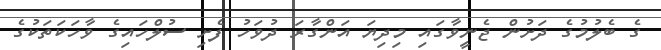
ގެ ބެލުމުގެ ދަށުން ޖެނީވާގައި މިދިޔަ އަންގާރަ ދުވަހު ފެށި ސުލްހައިގެ ވާހަކަތަކުގެ